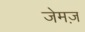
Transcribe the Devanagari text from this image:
जेमज़